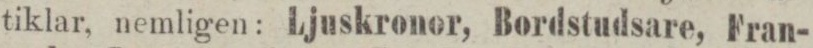
tiklar, nemligen: Ljuskronor, Bordstudsare, Fran-